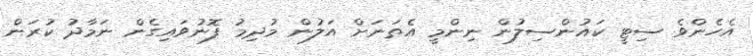
އެހެންވެ ސިޓީ ކައުންސިލުން ނިންމީ އެތަނަށް އަލުން މުދިމު ފޮނުވައިގެން ނަމާދު ކުރަން